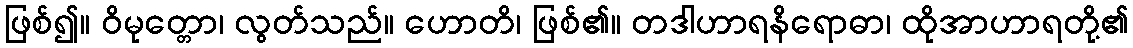
ဖြစ်၍။ ဝိမုတ္တော၊ လွတ်သည်။ ဟောတိ၊ ဖြစ်၏။ တဒါဟာရနိရောဓာ၊ ထိုအာဟာရတို့၏